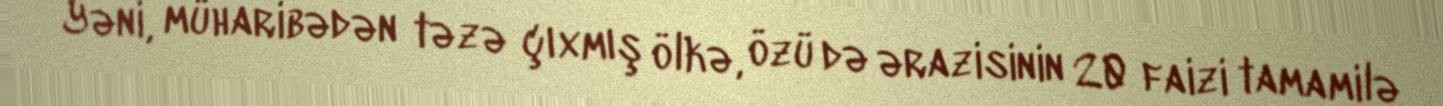
Yəni, müharibədən təzə çıxmış ölkə, özü də ərazisinin 20 faizi tamamilə